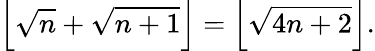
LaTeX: \left\lfloor{\sqrt{n}}+{\sqrt{n+1}}\right\rfloor=\left\lfloor{\sqrt{4n+2}}\right\rfloor.